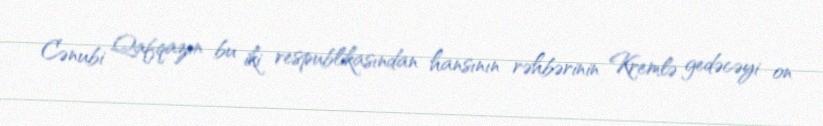
Cənubi Qafqazın bu iki respublikasından hansının rəhbərinin Kremlə gedəcəyi on